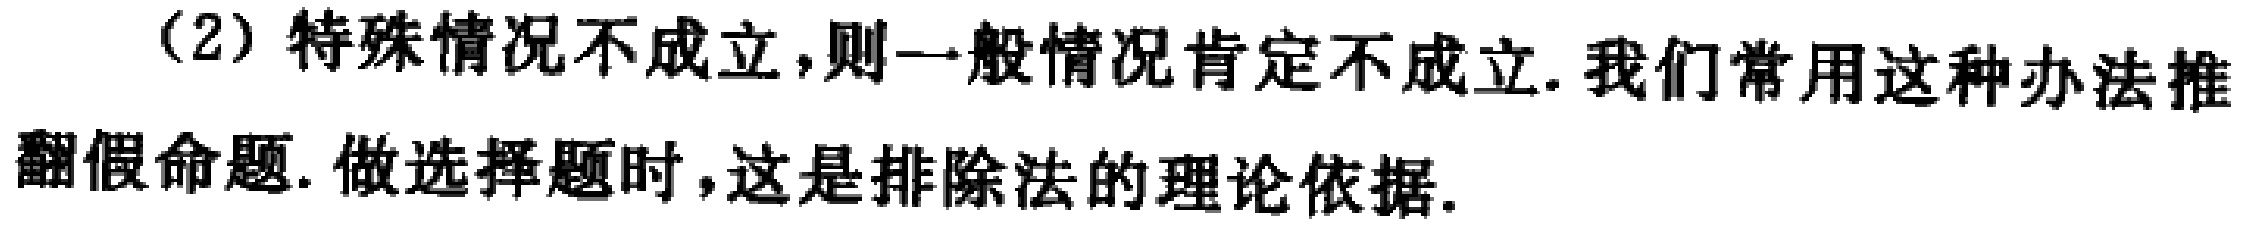
（2）特殊情况不成立，则一般情况肯定不成立. 我们常用这种办法推翻假命题. 做选择题时，这是排除法的理论依据.